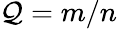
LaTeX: \mathcal{Q}=m/n